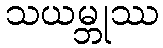
သယမ္ဘုဿ